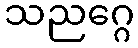
သညဂ္ဂေ